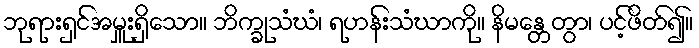
ဘုရားရှင်အမှူးရှိသော။ ဘိက္ခုသံဃံ၊ ရဟန်းသံဃာကို။ နိမန္တေတွာ၊ ပင့်ဖိတ်၍။